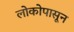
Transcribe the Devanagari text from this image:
लोकोपासून